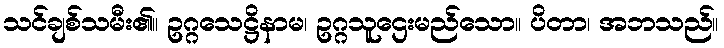
သင်ချစ်သမီး၏။ ဥဂ္ဂသေဋ္ဌိနာမ၊ ဥဂ္ဂသူဌေးမည်သော။ ပိတာ၊ အဘသည်။